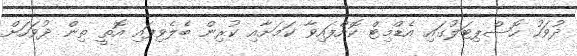
ދުވަހު ހޮސްޕިޓަލުގައި އެޑްމިޓް ކޮށްފައިވާ ކަމަށާއި ކުރިން ބެލެވިފައި އޮތީ ތިން ދުވަހަށް